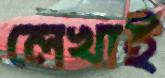
লেখাই